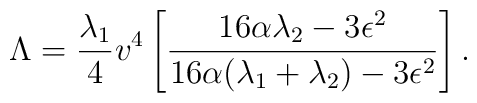
\Lambda = {\lambda_1 \over 4} v^4 \left[{16 \alpha \lambda_2 - 3 \epsilon^2  \over16 \alpha(\lambda_1 + \lambda_2) -  3 \epsilon^2 }\right].